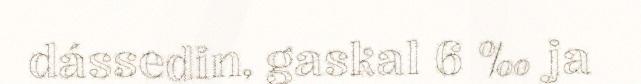
dássedin, gaskal 6 ‰ ja